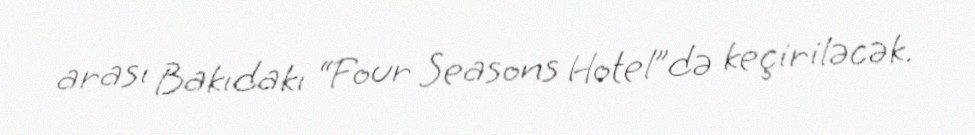
arası Bakıdakı “Four Seasons Hotel”də keçiriləcək.